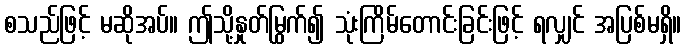
စသည်ဖြင့် မဆိုအပ်။ ဤသို့နှုတ်မြွက်၍ သုံးကြိမ်တောင်းခြင်းဖြင့် ရလျှင် အပြစ်မရှိ။